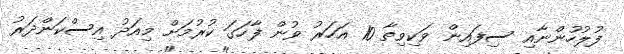
ފުލުހުންނާއި ސިފައިން ވަކިވިތާ 10 އަހަރު ވުން ފާހަގަ ކުރުމަށް މިއަދު އިސްކަންދަރު